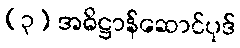
(၃) အဓိဋ္ဌာန်ဆောင်ပုဒ်